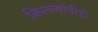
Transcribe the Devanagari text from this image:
किल्ल्यांचीही